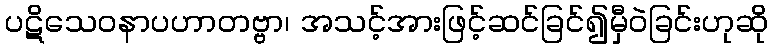
ပဋိသေဝနာပဟာတဗ္ဗာ၊ အသင့်အားဖြင့်ဆင်ခြင်၍မှီဝဲခြင်းဟုဆို